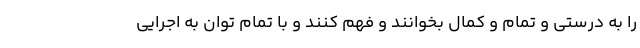
را به درستی و تمام و کمال بخوانند و فهم کنند و با تمام توان به اجرایی